Annual report of the Civil Veterinary Department, Bengal, for the year 1897-98 - 1897-1898
Year: 1897
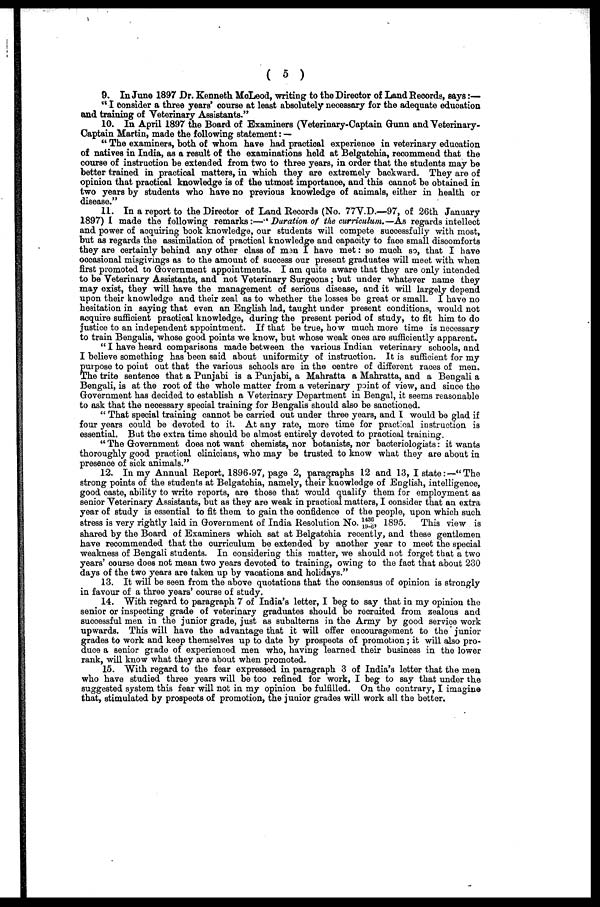
( 5 )
9. In June 1897 Dr. Kenneth McLeod, writing to the Director of Land Records, says :—
"I consider a three years' course at least absolutely necessary for the adequate education
and training of Veterinary Assistants."
10. In April 1897 the Board of Examiners (Veterinary-Captain Gunn and Veterinary-
Captain Martin, made the following statement:—
"The examiners, both of whom have had practical experience in veterinary education
of natives in India, as a result of the examinations held at Belgatchia, recommend that the
course of instruction be extended from two to three years, in order that the students may be
better trained in practical matters, in which they are extremely backward. They are of
opinion that practical knowledge is of the utmost importance, and this cannot be obtained in
two years by students who have no previous knowledge of animals, either in health or
disease."
11. In a report to the Director of Land Records (No. 77V.D.—97, of 26th January
1897) I made the following remarks:—"Duration of the curriculum.—As regards intellect
and power of acquiring book knowledge, our students will compete successfully with most,
but as regards the assimilation of practical knowledge and capacity to face small discomforts
they are certainly behind any other class of men I have met: so much so, that I have
occasional misgivings as to the amount of success our present graduates will meet with when
first promoted to Government appointments. I am quite aware that they are only intended
to be Veterinary Assistants, and not Veterinary Surgeons ; but under whatever name they
may exist, they will have the management of serious disease, and it will largely depend
upon their knowledge and their zeal as to whether the losses be great or small. I have no
hesitation in saying that even an English lad, taught under present conditions, would not
acquire sufficient practical knowledge, during the present period of study, to fit him to do
justice to an independent appointment. If that be true, how much more time is necessary
to train Bengalis, whose good points we know, but whose weak ones are sufficiently apparent.
"I have heard comparisons made between the various Indian veterinary schools, and
I believe something has been said about uniformity of instruction. It is sufficient for my
purpose to point out that the various schools are in the centre of different races of men.
The trite sentence that a Punjabi is a Punjabi, a Mahratta a Mahratta, and a Bengali a
Bengali, is at the root of the whole matter from a veterinary point of view, and since the
Government has decided to establish a Veterinary Department in Bengal, it seems reasonable
to ask that the necessary special training for Bengalis should also be sanctioned.
"That special training cannot be carried out under three years, and I would be glad if
four years could be devoted to it. At any rate, more time for practical instruction is
essential. But the extra time should be almost entirely devoted to practical training.
"The Government does not want chemists, nor botanists, nor bacteriologists: it wants
thoroughly good practical clinicians, who may be trusted to know what they are about in
presence of sick animals."
12. In my Annual Report, 1896-97, page 2, paragraphs 12 and 13, I state:—"The
strong points of the students at Belgatchia, namely, their knowledge of English, intelligence,
good caste, ability to write reports, are those that would qualify them for employment as
senior Veterinary Assistants, but as they are weak in practical matters, I consider that an extra
year of study is essential to fit them to gain the confidence of the people, upon which such
stress is very rightly laid in Government of India Resolution No. 1436/19-6, 1895.
This view is
shared by the Board of Examiners which sat at Belgatchia recently, and these gentlemen
have recommended that the curriculum be extended by another year to meet the special
weakness of Bengali students. In considering this matter, we should not forget that a two
years' course does not mean two years devoted to training, owing to the fact that about 280
days of the two years are taken up by vacations and holidays."
13. It will be seen from the above quotations that the consensus of opinion is strongly
in favour of a three years' course of study.
14. With regard to paragraph 7 of India's letter, I beg to say that in my opinion the
senior or inspecting grade of veterinary graduates should be recruited from zealous and
successful men in the junior grade, just as subalterns in the Army by good service work
upwards. This will have the advantage that it will offer encouragement to the junior
grades to work and keep themselves up to date by prospects of promotion; it will also pro-
duce a senior grade of experienced men who, having learned their business in the lower
rank, will know what they are about when promoted.
15. With regard to the fear expressed in paragraph 3 of India's letter that the men
who have studied three years will be too refined for work, I beg to say that under the
suggested system this fear will not in my opinion be fulfilled. On the contrary, I imagine
that, stimulated by prospects of promotion, the junior grades will work all the better.